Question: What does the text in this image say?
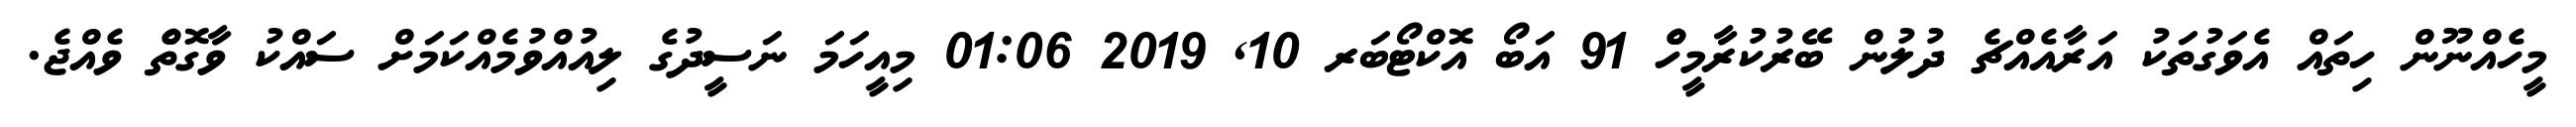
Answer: މީހެއްނޫން ހިތައް އެވަގުތަކު އަރާއެއްޗެ ދުލުން ބޭރުކުރާމީހެް 91 އަބޯ އޮކްޓޯބަރ 10, 2019 01:06 މިއީހަމަ ނަސީދުގެ ލިއުއްވުމެއްކަމަށް ސައްކު ވާގޮތެް ވެއްޖެ.